Scottish Certificate of Education, 1963
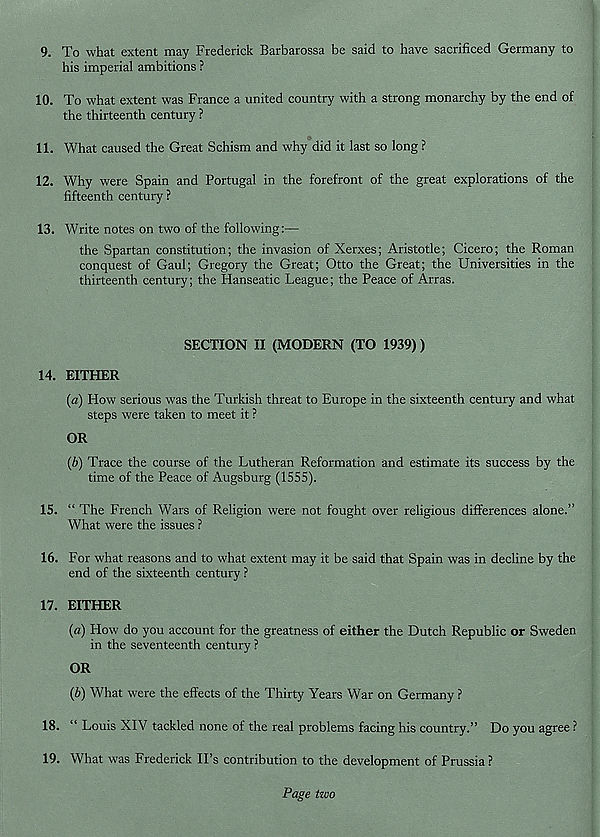
9. To what extent may Frederick Barbarossa be said to have sacrificed Germany to
his imperial ambitions ?
10. To what extent was France a united country with a strong monarchy by the end of
the thirteenth century ?
11. What caused the Great Schism and why did it last so long ?
12. Why were Spain and Portugal in the forefront of the great explorations of the
fifteenth century ?
13. Write notes on two of the following:—
the Spartan constitution; the invasion of Xerxes; Aristotle; Cicero; the Roman
conquest of Gaul; Gregory the Great; Otto the Great; the Universities in the
thirteenth century; the Hanseatic League; the Peace of Arras.
SECTION II (MODERN (TO 1939))
14. EITHER
(a) How serious was the Turkish threat to Europe in the sixteenth century and what
steps were taken to meet it ?
OR
(&) Trace the course of the Lutheran Reformation and estimate its success by the
time of the Peace of Augsburg (1555).
15. “ The French Wars of Religion were not fought over religious differences alone.”
What were the issues ?
16. For what reasons and to what extent may it be said that Spain was in decline by the
end of the sixteenth century ?
17. EITHER
(a) How do you account for the greatness of either the Dutch Republic or Sweden
in the seventeenth century ?
OR
(b) What were the effects of the Thirty Years War on Germany ?
18. “ Louis XIV tackled none of the real problems facing his country.” Do you agree ?
19. What was Frederick IPs contribution to the development of Prussia ?
Page two